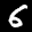
Label: 6